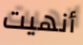
أنهيت